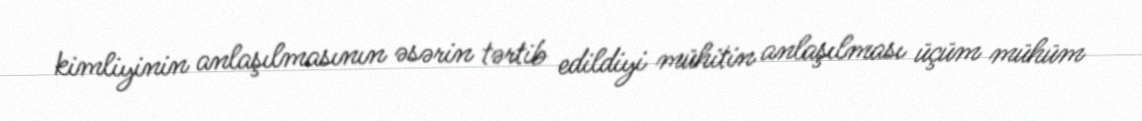
kimliyinin anlaşılmasının əsərin tərtib edildiyi mühitin anlaşılması üçüm mühüm